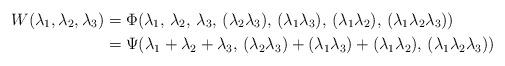
LaTeX: \begin{align*}W(\lambda_1,\lambda_2,\lambda_3) &= \Phi(\lambda_1,\,\lambda_2,\,\lambda_3,\,(\lambda_2\lambda_3),\,(\lambda_1\lambda_3),\,(\lambda_1\lambda_2),\,(\lambda_1\lambda_2\lambda_3))\\&= \Psi(\lambda_1+\lambda_2+\lambda_3,\,(\lambda_2\lambda_3)+(\lambda_1\lambda_3)+(\lambda_1\lambda_2),\,(\lambda_1\lambda_2\lambda_3))\end{align*}